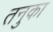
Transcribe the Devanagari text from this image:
तनुका